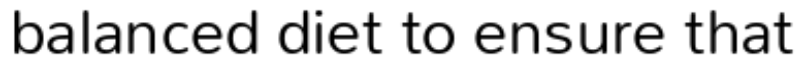
balanced diet to ensure that